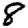
Digit: 8